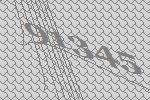
91345